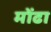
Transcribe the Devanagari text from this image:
मोंढा